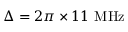
\Delta = 2 \pi \times 1 1 ~ \mathrm { { M H z } }